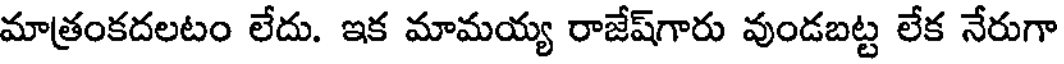
మాత్రంకదలటం లేదు. ఇక మామయ్య రాజేష్గారు వుండబట్ట లేక నేరుగా